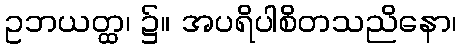
ဥဘယတ္ထ၊ ၌။ အပရိပါစိတသညိနော၊